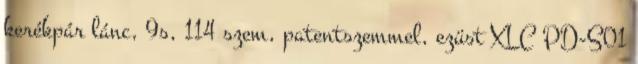
kerékpár lánc, 9s, 114 szem, patentszemmel, ezüst XLC PD-S01